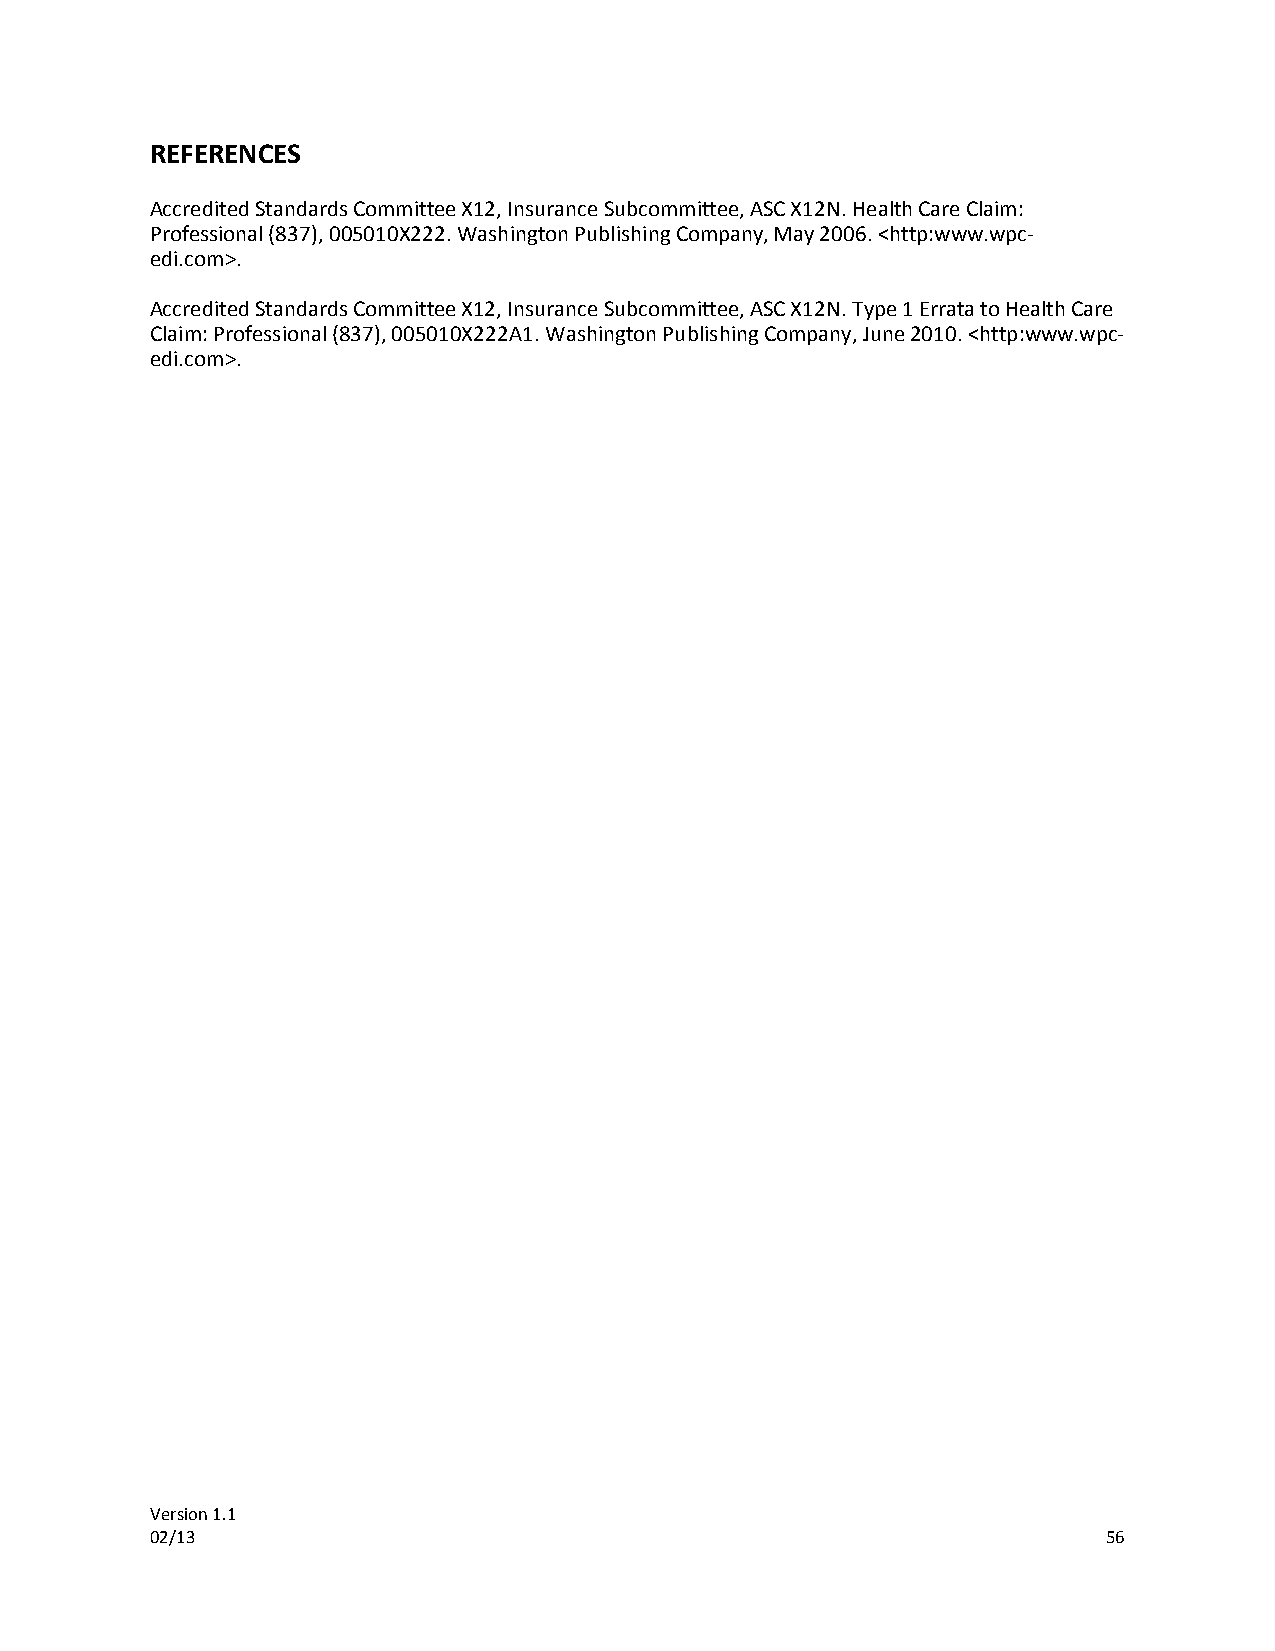
REFERENCES
 Accredited Standards Committee X12, Insurance Subcommittee, ASC X12N. Health Care Claim:
 Professional (837), 005010X222. Washington Publishing Company, May 2006. <http:www.wpc-
 edi.com>.
 Accredited Standards Committee X12, Insurance Subcommittee, ASC X12N. Type 1 Errata to Health Care
 Claim: Professional (837), 005010X222A1. Washington Publishing Company, June 2010. <http:www.wpc-
 edi.com>.
 Version 1.1
 02/13                                                          56